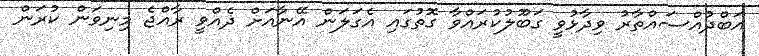
އަބްދުއްސައްތާރު ވިދާޅުވީ ގަބޫލުކުރައްވާ ގޮތުގައި އެގަލަން އޭނާއަށް ދެއްވީ ރާއްޖެ މިނިވަން ކުރަން